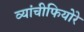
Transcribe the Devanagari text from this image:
व्यांचीफियोरे